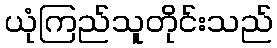
ယုံကြည်သူတိုင်းသည်